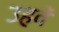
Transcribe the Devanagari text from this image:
उहवें